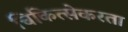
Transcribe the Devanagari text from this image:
चिकित्सेकरता